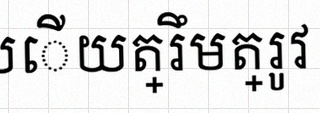
រកចម្លើយត្រឹមត្រូវ